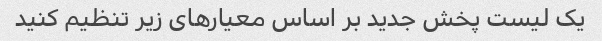
یک لیست پخش جدید بر اساس معیارهای زیر تنظیم کنید